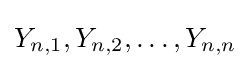
Y_{n,1},Y_{n,2},\dots ,Y_{n,n}